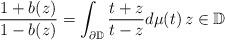
LaTeX: \begin{align*}\frac{1+b(z)}{1-b(z)}=\int_{\partial \mathbb{D}}\frac{t+z}{t-z}d\mu(t)\, z \in \mathbb{D} \end{align*}